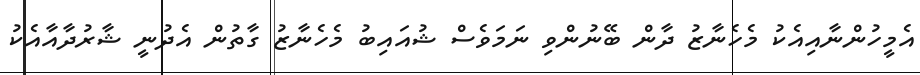
އެމީހުންނާއިއެކު މެހެނާޒު ދާން ބޭނުންވި ނަމަވެސް ޝުއައިބު މެހެނާޒު ގާތުން އެދުނީ ޝާރުދާއާއެކު